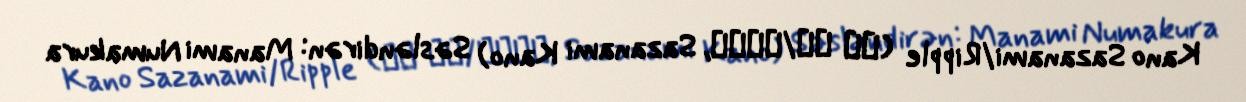
Kano Sazanami/Ripple (細波 華乃/リップル, Sazanami Kano) Səsləndirən: Manami Numakura